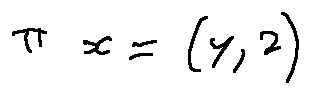
\pi _ { x } = ( y , z )